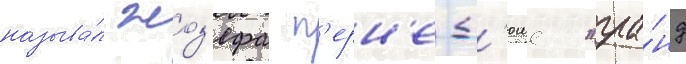
называ́л жоз'ефа п'ерн'е-д'юше "гра́нд